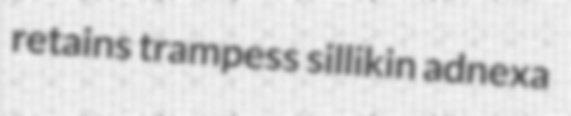
retains trampess sillikin adnexa